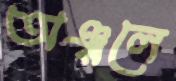
অঞ্চলে